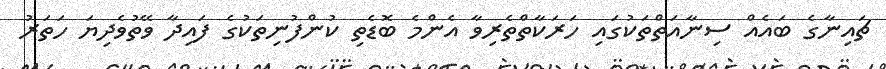
ޗައިނާގެ ބައެއް ސިނާއަތްތަކުގައި ހަރަކާތްތެރިވާ އެންމެ ބޮޑެތި ކުންފުނިތަކުގެ ފައިދާ ވޭތުވެދިޔަ ހަތަރު